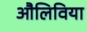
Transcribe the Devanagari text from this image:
औलिविया